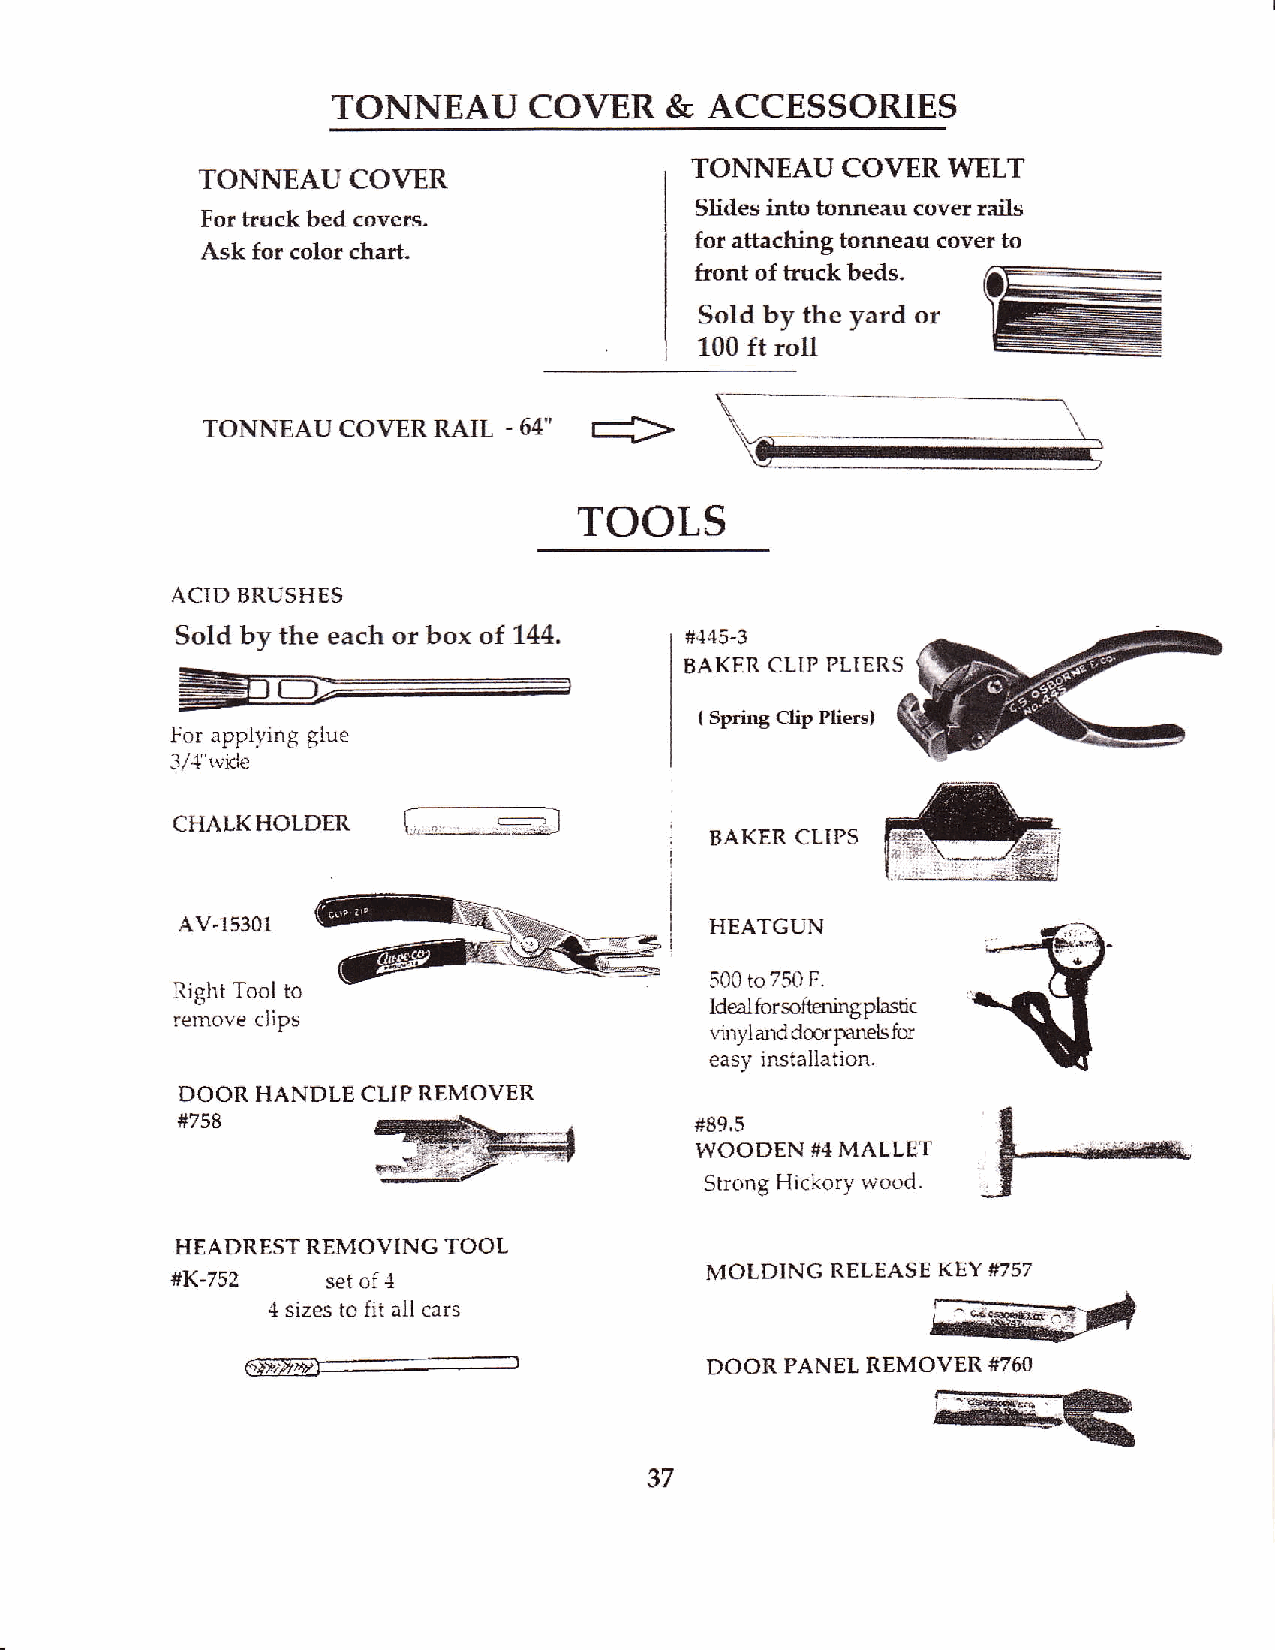
TONNEAU      COVER    &  ACCESSORIES
 TONNEAU   CO\/ER WELT
 TONNEAUCOVER
 Slides into tonneau cover rails
 For truck bed covets.
 for attaching tonneau cover to
 Ask for color chart.
 front of truck beds.
 Sold by the yard or
 100 ft roll
 TONNEAU  COVER  RAIL - 64"
 TOOLS
 ACID BRUSHES
 Sold bv the each or box of 144.  #445-3
 BAKER CLIP PLIERS
 ( Spring Clip Pliers)
 For applving glue
 3/4'tvicle
 CHALKHOLDER
 BAKER CLIPS
 AV,15301                           HEATGUN
 500 to 750 F.
 Right Tool to
 Ideal fu rsofuringplastic
 remove clips
 t'inyl artd dcor;nnels for
 easy installation.
 DOOR HANDLE CLIP REMOVER
 #758                              #89,5
 WOODEN  #4 MALLET
 Strong Hickorv wood.
 HEADRESTREMOVING TOOL
 #K-752                              MOLDING RELEASE KEY #757
 set of 4
 { sizes to fit all cars
 fi./,'nryt---                  DOOR PANEL REMOVER #760
 37